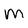
Character: M